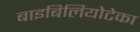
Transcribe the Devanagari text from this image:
बाइबिलियोटेका